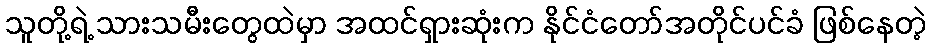
သူတို့ရဲ့ သားသမီးတွေထဲမှာ အထင်ရှားဆုံးက နိုင်ငံတော်အတိုင်ပင်ခံ ဖြစ်နေတဲ့